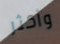
وأكثر